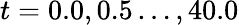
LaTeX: t=0.0,0.5\ldots,40.0